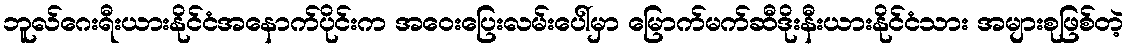
ဘူလ်ဂေးရီးယားနိုင်ငံအနောက်ပိုင်းက အဝေးပြေးလမ်းပေါ်မှာ မြောက်မက်ဆီဒိုးနီးယားနိုင်ငံသား အများစုဖြစ်တဲ့